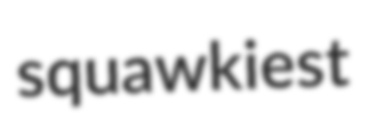
squawkiest